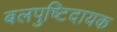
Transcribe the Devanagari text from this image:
बलपुष्टिदायक